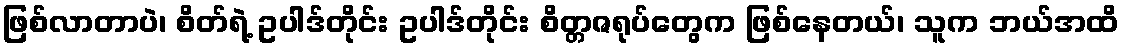
ဖြစ်လာတာပဲ၊ စိတ်ရဲ့ ဥပါဒ်တိုင်း ဥပါဒ်တိုင်း စိတ္တဇရုပ်တွေက ဖြစ်နေတယ်၊ သူက ဘယ်အထိ